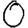
Digit: 0